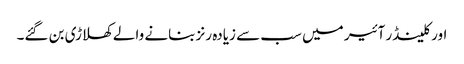
اور کلینڈر آئیر میں سب سے زیادہ رنز بنانے والے کھلاڑی بن گئے۔